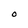
Character: O